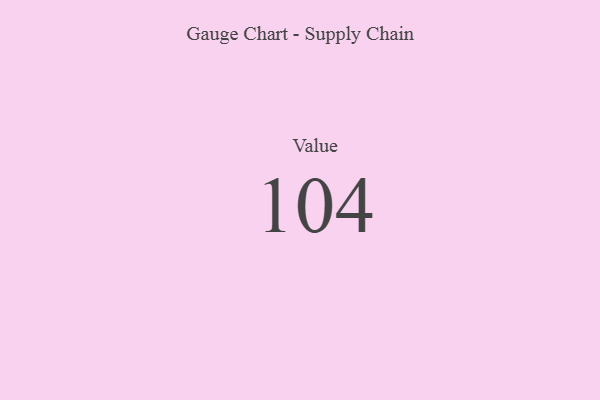
{"axis": {"x": "Metric", "y": "Value"}, "legend": [""], "data": [{"x": "Value", "y": 104, "type": ""}]}